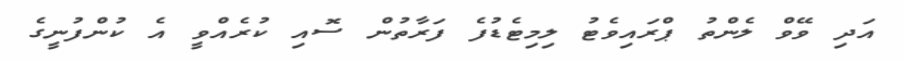
އަދި ވޭވް ލެންތު ޕްރައިވެޓު ލިމިޓެޑުފެ ފަރާތުން ސޮއި ކުރެއްވީ އެ ކުންފުނީގެ